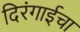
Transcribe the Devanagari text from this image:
दिरंगाईचा